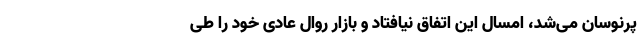
پرنوسان می‌شد، امسال این اتفاق نیافتاد و بازار روال عادی خود را طی